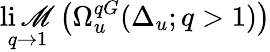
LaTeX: \operatorname*{li\mathscr{M}}_{q\to1}\left(\Omega_{u}^{qG}(\Delta_{u};q>1)\right)